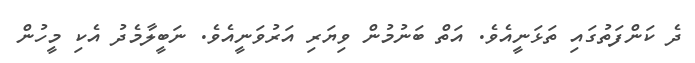
ދެ ކަންފަތުގައި ތަޅަނީއެވެ. އަތް ބަނުމުން ވިޔަރި އަރުވަނީއެވެ. ނަބީލާމެދު އެކި މީހުން